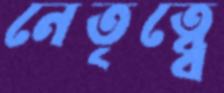
নেতৃত্ব্বে